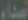
أعداء